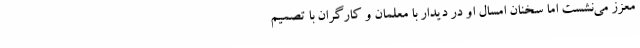
معزز می‌نشست اما سخنان امسال او در دیدار با معلمان و کارگران با تصمیم